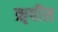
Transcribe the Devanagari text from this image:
ॠषींस